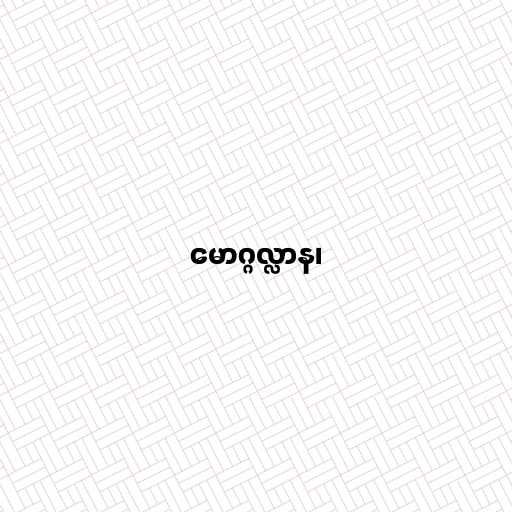
မောဂ္ဂလ္လာန၊